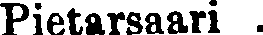
Pietarsaari .